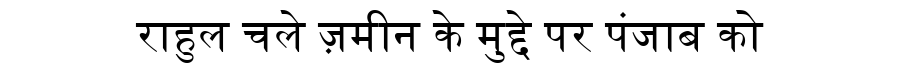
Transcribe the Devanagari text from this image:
राहुल चले ज़मीन के मुद्दे पर पंजाब को